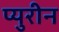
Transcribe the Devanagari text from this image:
प्युरीन